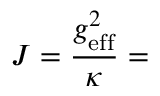
J = \frac { g _ { \mathrm { e f f } } ^ { 2 } } { \kappa } =